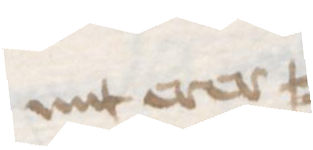
mit erer =